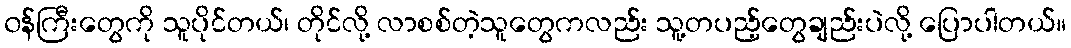
၀န်ကြီးတွေကို သူပိုင်တယ်၊ တိုင်လို့ လာစစ်တဲ့သူတွေကလည်း သူ့တပည့်တွေချည်းပဲလို့ ပြောပါတယ်။